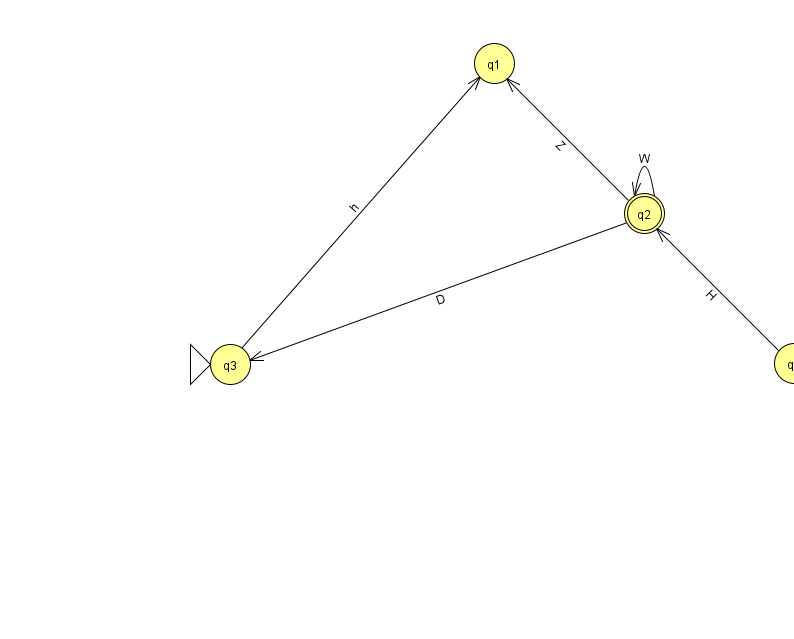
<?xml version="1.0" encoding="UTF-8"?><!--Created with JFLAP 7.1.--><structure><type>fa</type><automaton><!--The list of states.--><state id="0" name="q0"><x>794.0</x><y>350.0</y></state><state id="1" name="q1"><x>494.0</x><y>50.0</y></state><state id="2" name="q2"><x>644.0</x><y>200.0</y><final/></state><state id="3" name="q3"><x>230.0</x><y>351.0</y><initial/></state><!--The list of transitions.--><transition><from>3</from><to>1</to><read>h</read></transition><transition><from>2</from><to>1</to><read>Z</read></transition><transition><from>2</from><to>3</to><read>D</read></transition><transition><from>2</from><to>2</to><read>W</read></transition><transition><from>0</from><to>2</to><read>H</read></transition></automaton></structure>